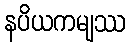
နပိယကမျဿ